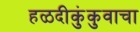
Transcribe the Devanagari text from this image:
हळदीकुंकुवाचा